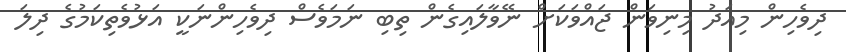
ދިވެހިން މިއަދު މިނިވަން ޖައްވަކަށް ނޭވާލައިގެން ތިބި ނަމަވެސް ދިވެހިންނަކީ އަޅުވެތިކަމުގެ ދިލަ